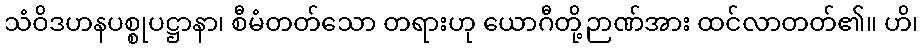
သံဝိဒဟနပစ္စုပဋ္ဌာနာ၊ စီမံတတ်သော တရားဟု ယောဂီတို့ဉာဏ်အား ထင်လာတတ်၏။ ဟိ၊